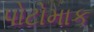
પોટોમાક